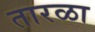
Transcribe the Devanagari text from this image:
तारळा